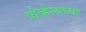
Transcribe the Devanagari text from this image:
प्रोव्हेन्सच्या